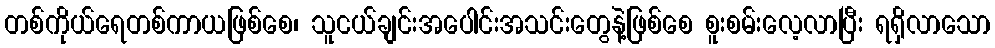
တစ်ကိုယ်ရေတစ်ကာယဖြစ်စေ၊ သူငယ်ချင်းအပေါင်းအသင်းတွေနဲ့ဖြစ်စေ စူးစမ်းလေ့လာပြီး ရရှိလာသော